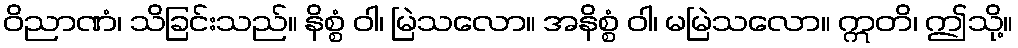
ဝိညာဏံ၊ သိခြင်းသည်။ နိစ္စံ ဝါ၊ မြဲသလော။ အနိစ္စံ ဝါ၊ မမြဲသလော။ ဣတိ၊ ဤသို့။